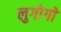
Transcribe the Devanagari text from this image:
लुगोगो